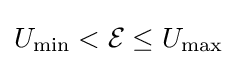
U_{\min }<{\mathcal {E}}\leq U_{\max }